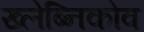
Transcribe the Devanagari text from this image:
ख्लेब्निकोव